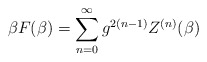
\begin{align*}\beta F ( \beta ) = \sum_{n = 0}^{\infty} g^{2(n - 1)} Z^{(n)} (\beta )\end{align*}